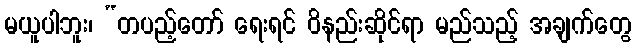
မယူပါဘူး၊ “တပည့်တော် ရေးရင် ဝိနည်းဆိုင်ရာ မည်သည့် အချက်တွေ